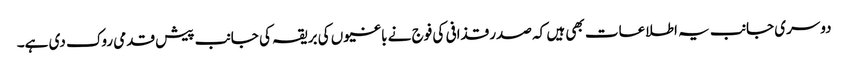
دوسری جانب یہ اطلاعات بھی ہیں کہ صدر قذافی کی فوج نے باغیوں کی بریقہ کی جانب پیش قدمی روک دی ہے۔